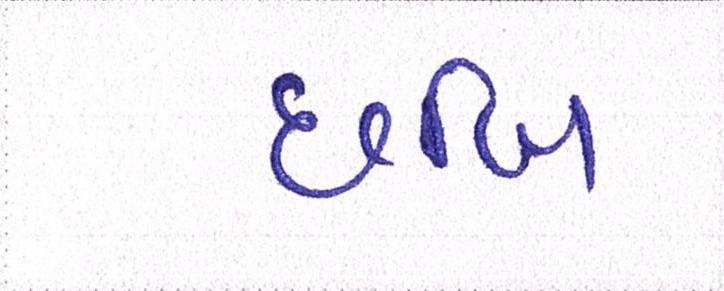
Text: છબિ